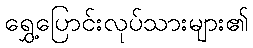
ရွှေ့ပြောင်းလုပ်သားများ၏